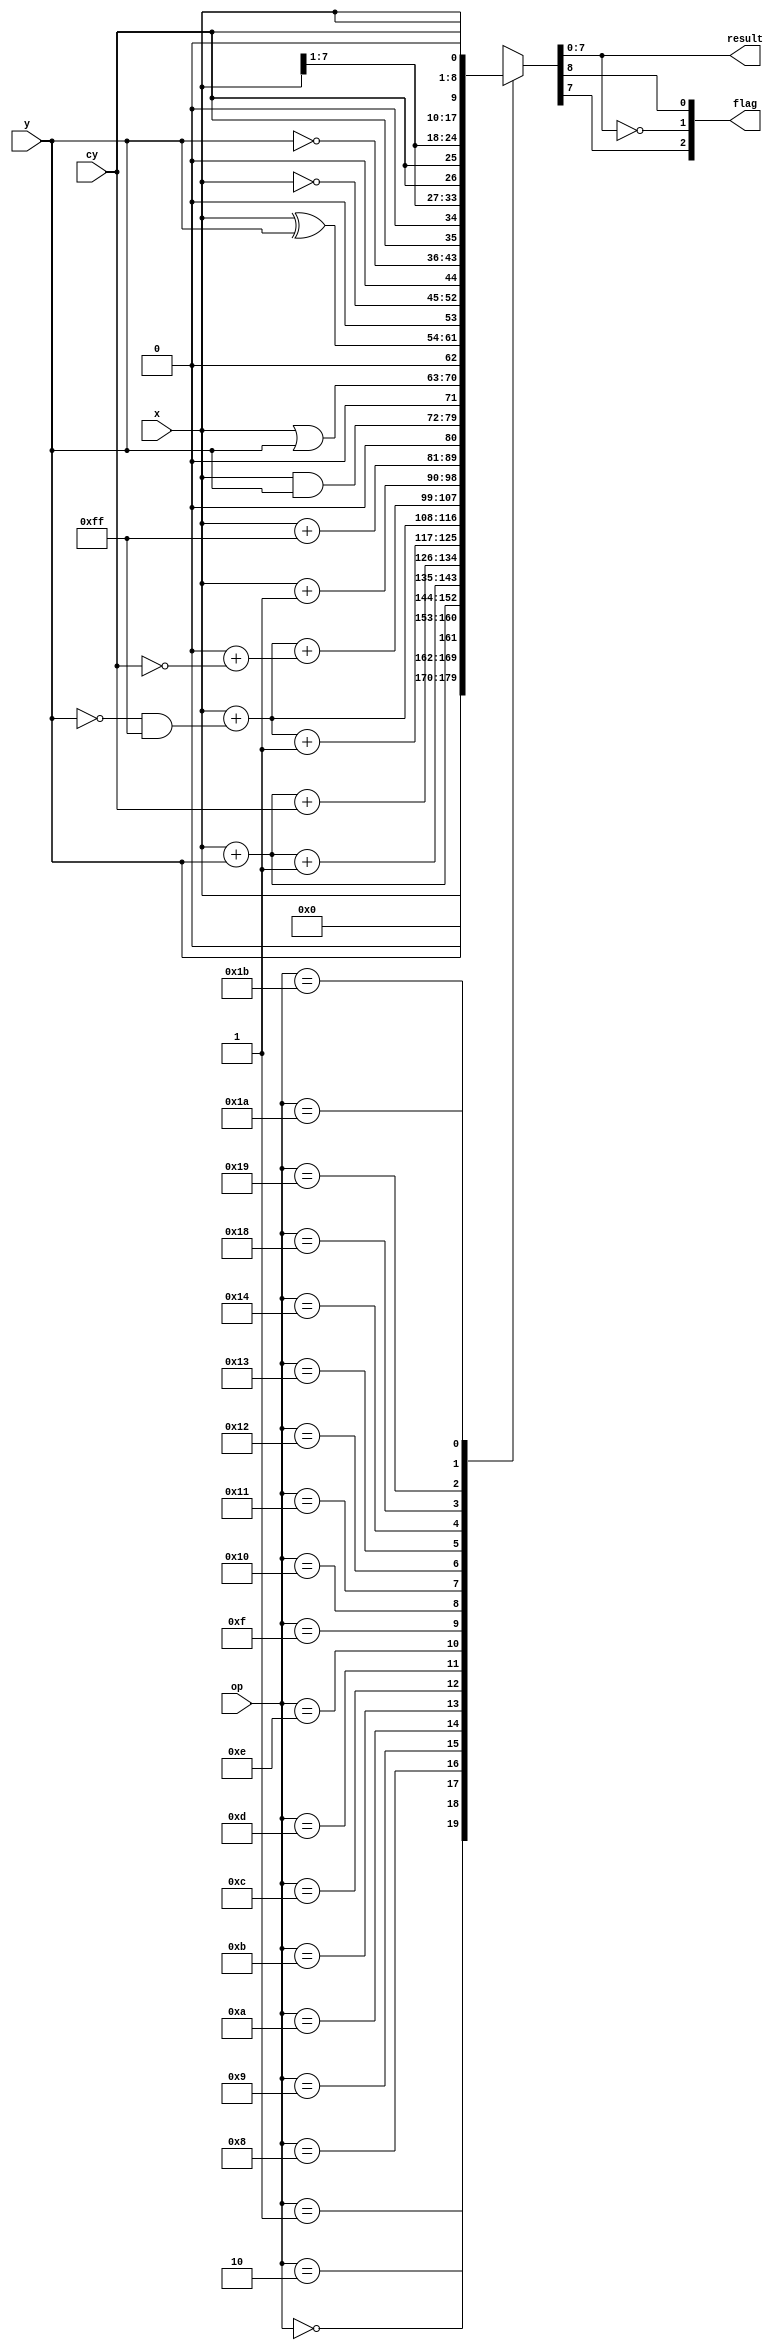
/* ALU_func.v */
// {[10]S, [9]Z, [8]Cy, [7:0]result}

module alu(
	input	wire 	[7:0] x,
	input wire 	[7:0]	y,
	input wire 				cy,
	input wire 	[4:0]	op,
	output wire [2:0] flag,
	output wire [7:0] result);

	assign {flag, result} = ALU(x, y, cy, op);

	function [10:0] ALU;
		input [7:0] X;		// XBUS
		input [7:0] T;		// Treg
		input       Cy;		// Carry
		input [4:0] ALUop;	// ALU operation

	  reg [8:0] rslt;	// {SZCy, result[7:0]}

		begin
	    case (ALUop)
				5'b00000: rslt = 9'b0_0000_0000;	// zero
				5'b00001: rslt = {1'b0, X};		// pass X
				5'b00010: rslt = {1'b0, T};		// pass T
				5'b01000: rslt = X + T;			// X + T
				5'b01001: rslt = X + T + 8'h01;		// X + T + 1
				5'b01010: rslt = X + T + Cy;		// X + T + Cy
				5'b01011: rslt = X + (~T & 8'hFF) + 8'h01;	    // X - T      => X +~T + 1
				5'b01100: rslt = X + (~T & 8'hFF);		    // X - T - 1  => X +~T
				5'b01101: rslt = X + (~T & 8'hFF) + (7'h00 + ~Cy);  // X - T - Cy => X +~T + ~Cy 
				5'b01110: rslt = X + 8'h01;			// inc X
				5'b01111: rslt = X + 8'hFF;		// dec X
				5'b10000: rslt = {1'b0, X & T};		// X and T
				5'b10001: rslt = {1'b0, X | T};		// X or T
				5'b10010: rslt = {1'b0, X ^ T};		// X xor T
				5'b10011: rslt = {1'b0, ~X};		// not X
				5'b10100: rslt = {1'b0, ~T};		// not T
				5'b11000: rslt = {Cy, 1'b0, X[7:1]};	// shift X right logical
				5'b11001: rslt = {Cy, Cy,   X[7:1]};	// shift X right with Cy
				5'b11011: rslt = {X, 1'b0};		// shift X left  logical
				5'b11010: rslt = {X, Cy};		// shift X left  with Cy
				default : rslt = 9'bX_XXXX_XXXX;
	    endcase

		  ALU = {rslt[7], (rslt[7:0]==0), rslt};

		end
	endfunction
	
endmodule